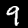
Label: 9